Civil Veterinary Department Bihar & Orissa reports 1922-29 - 1922-1929
Year: 1922
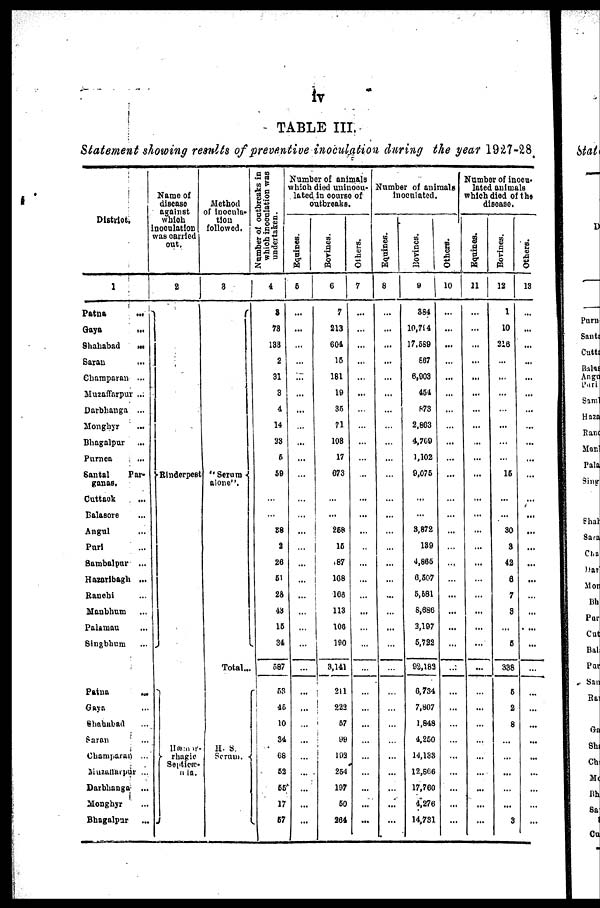
iv
TABLE III.
Statement showing results of preventive inoculation during the year 1927-28
District.
1
Patna
...
Gays.
...
8hababad
...
Saran ...
Champaran ...
Muzaffarpur ...
Darbhanga ...
Monghyr
Bhagalpur
Purnea
Santal
Par-
ganas.
Cuttack
Balasore
Angul
Puri
Sambalpur ...
Hazaribagh ...
Ranchi
Manbhum
Palamau
Singbhum
Patna
...
Gaya
Shahabad
Saron
Champaran ...
Muzuffarpur ...
Darbhanga ...
Monghyr
Bhagalpur
Name of
disease
against
which
noeulation
was carried
out.
2
Rinderpest
Hæmor
rhagic
Septicæ-
mia.
Method
of inocula-
tion
followed.
8
" Serum -
alone".
Total...
H. S.
Scrum.
Number
of outbrcaks in
which inoculation was
undertaken.
4
8
78
183
2
31
3
4
14
33
6
59
...
...
88
2
26
61
28
43
15
34
587
53
45
10
34
68
62
55
17
67
Number of animals
which died uuinocu-
lated in course of
outbreaks.
Equines.
6
...
...
...
...
...
...
...
...
...
...
...
...
...
...
...
...
...
...
...
...
...
...
...
...
Bovines.
6
7
213
804
15
181
19
36
71
108
17
673
...
...
258
15
87
108
108
113
100
190
3,141
211
223
67
99
103
264
107
60
264
Others.
7
...
...
...
...
...
...
...
...
...
...
...
...
...
...
...
...
...
...
...
...
...
...
...
...
...
...
...
...
...
...
...
Number of animals
inoculated.
Equines.
8
...
...
...
...
...
...
...
...
...
...
...
...
...
...
...
...
...
...
...
...
...
...
...
...
...
...
...
...
...
...
Bovines.
884
10,794
17,689
667
6,903
464
873
2,803
4,700
1,102
9,076
...
3,872
189
4,866
0,607
5,681
8,680
3,197
6,722
92,183
6,734
7,807
1,848
4,250
14,133
12,606
17,760
4,276
14,731
Others.
10
...
..
...
...
...
...
...
...
...
...
...
...
...
...
...
...
...
...
...
...
...
...
...
...
...
...
...
...
...
...
Number of inocu-
lated animals
which died of the
disease.
Equines.
11
...
...
...
...
...
...
...
...
...
...
...
...
...
...
...
...
...
...
...
...
...
...
...
...
...
...
...
...
...
...
...
Bovines.
12
1
10
316
...
...
...
...
...
...
...
16
...
...
80
3
42
6
7
3
...
5
338
5
2
8
...
...
...
...
...
3
| Others.
13
...
...
...
...
...
...
...
...
...
...
...
...
...
...
...
...
...
...
...
...
...
...
...
...
...
...
...
...
...